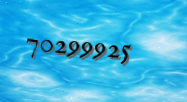
70299925